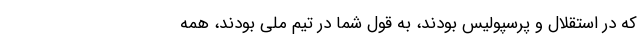
که در استقلال و پرسپولیس بودند، به قول شما در تیم ملی بودند، همه